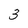
Character: 3